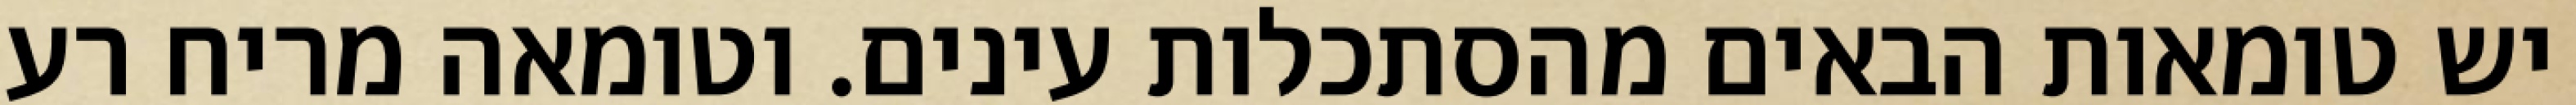
יש טומאות הבאים מהסתכלות עינים. וטומאה מריח רע